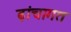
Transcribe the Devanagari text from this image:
ढ़ांचागत